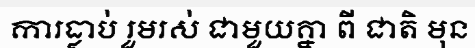
ការធ្លាប់ រួមរស់ ជាមួយគ្នា ពី ជាតិ មុន